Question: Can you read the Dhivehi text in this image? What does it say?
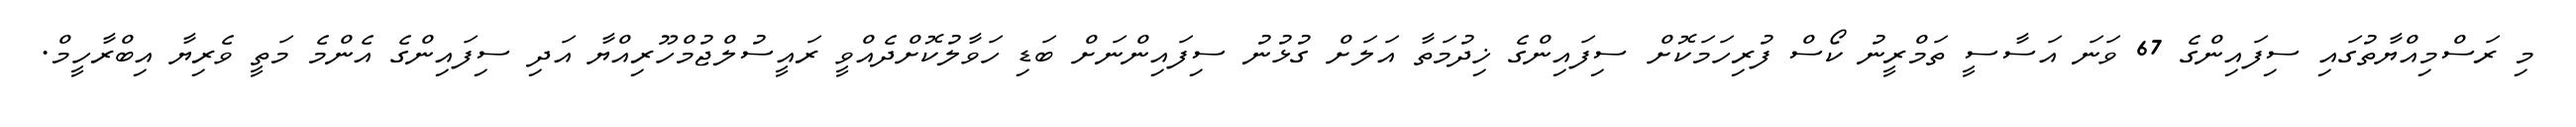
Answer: މި ރަސްމިއްޔާތުގައި ސިފައިންގެ 67 ވަނަ އަސާސީ ތަމްރީނު ކޯސް ފުރިހަމަކޮށް ސިފައިންގެ ޚިދުމަތާ އަލަށް ގުޅުނު ސިފައިންނަށް ބަޑި ހަވާލުކޮށްދެއްވީ ރައީސުލްޖުމްހޫރިއްޔާ އަދި ސިފައިންގެ އެންމެ މަތީ ވެރިޔާ އިބްރާހީމް.